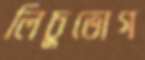
লিচুভোগ